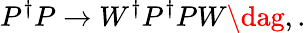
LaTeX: P^{\dagger}P\rightarrow W^{\dagger}P^{\dagger}PW\dag,.